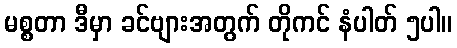
မစ္စတာ ဒီမှာ ခင်ဗျားအတွက် တိုကင် နံပါတ် ၅ပါ။